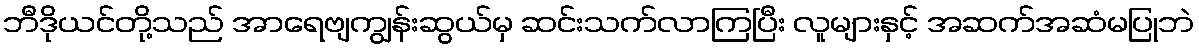
ဘီဒိုယင်တို့သည် အာရေဗျကျွန်းဆွယ်မှ ဆင်းသက်လာကြပြီး လူများနှင့် အဆက်အဆံမပြုဘဲ